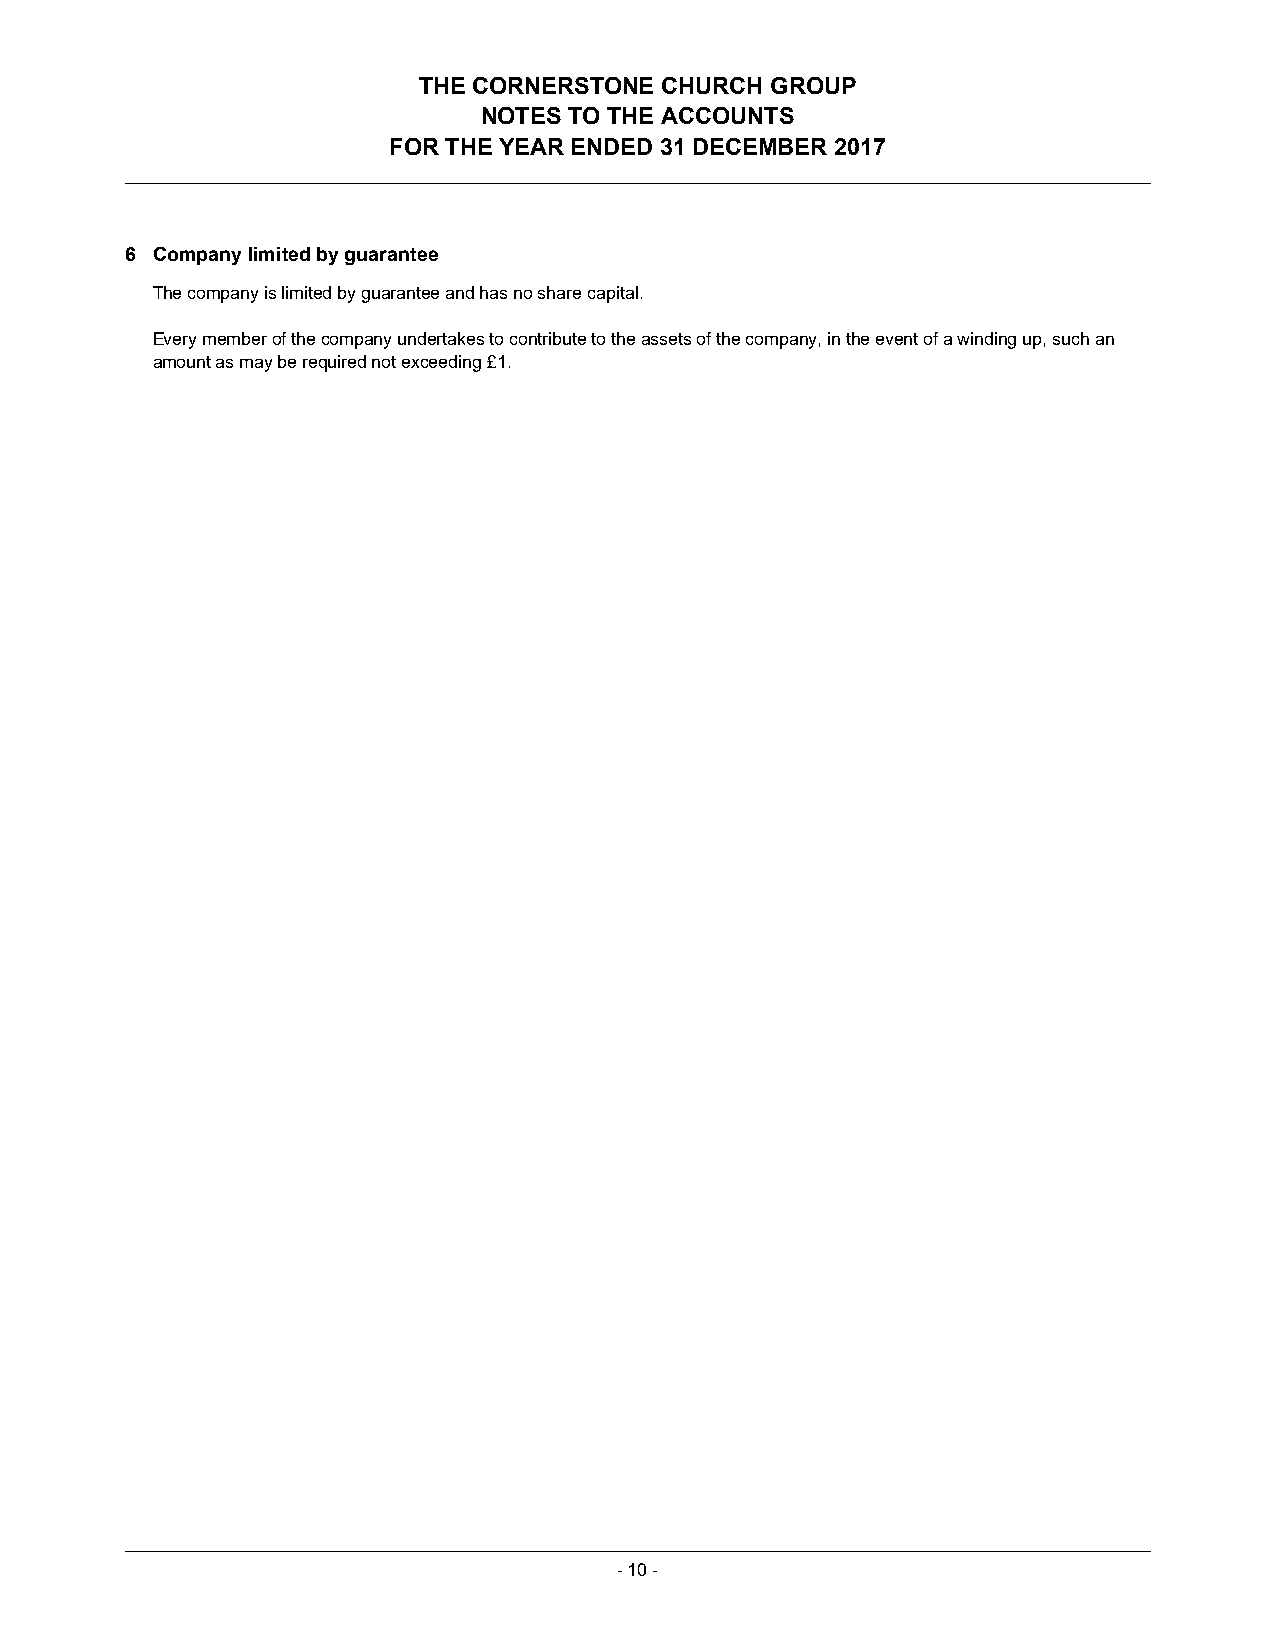
THE CORNERSTONE CHURCH GROUP
 NOTES TO THE ACCOUNTS
 FOR THE YEAR ENDED 31 DECEMBER 2017
 6 Company limited by guarantee
 The company is limited by guarantee and has no share capital.
 Every member of the company undertakes to contribute to the assets of the company, in the event of a winding up, such an
 amount as may be required not exceeding £1.
 -10 -